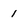
Character: 1